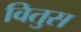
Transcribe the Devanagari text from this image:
वितुस